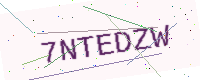
Text: 7NTEDZW